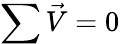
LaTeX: \sum{\vec{V}}=0